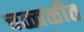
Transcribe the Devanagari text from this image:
चळ्वळीत